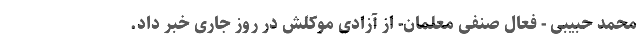
محمد حبیبی - فعال صنفی معلمان- از آزادی موکلش در روز جاری خبر داد.